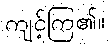
ကျင့်ကြ၏။